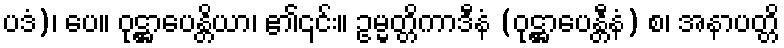
ပဒံ)၊ ပေ။ ဝုဋ္ဌာပေန္တိယာ၊ ၏၎င်း။ ဥမ္မတ္တိကာဒီနံ (ဝုဋ္ဌာပေန္တီနံ) စ၊ အနာပတ္တိ